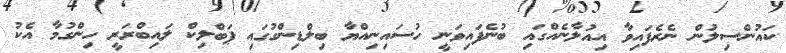
ކައުންސިލުން ނެރެފައިވާ އިއުލާނެއްގައި ބުނެފައިވަނީ ހުސައިނިއްޔާ ބިލްޑިންގުގައި ޕަބްލިކް ލައިބްރަރީ ހިންގުމާ އެކު